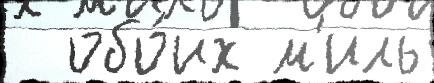
  обо́их м'иль